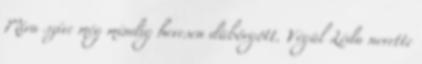
Míra szíve még mindig hevesen dübörgött. Végül Léda nevette